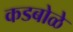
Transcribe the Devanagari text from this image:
कडबोळे